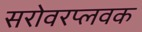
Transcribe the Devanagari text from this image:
सरोवरप्लवक